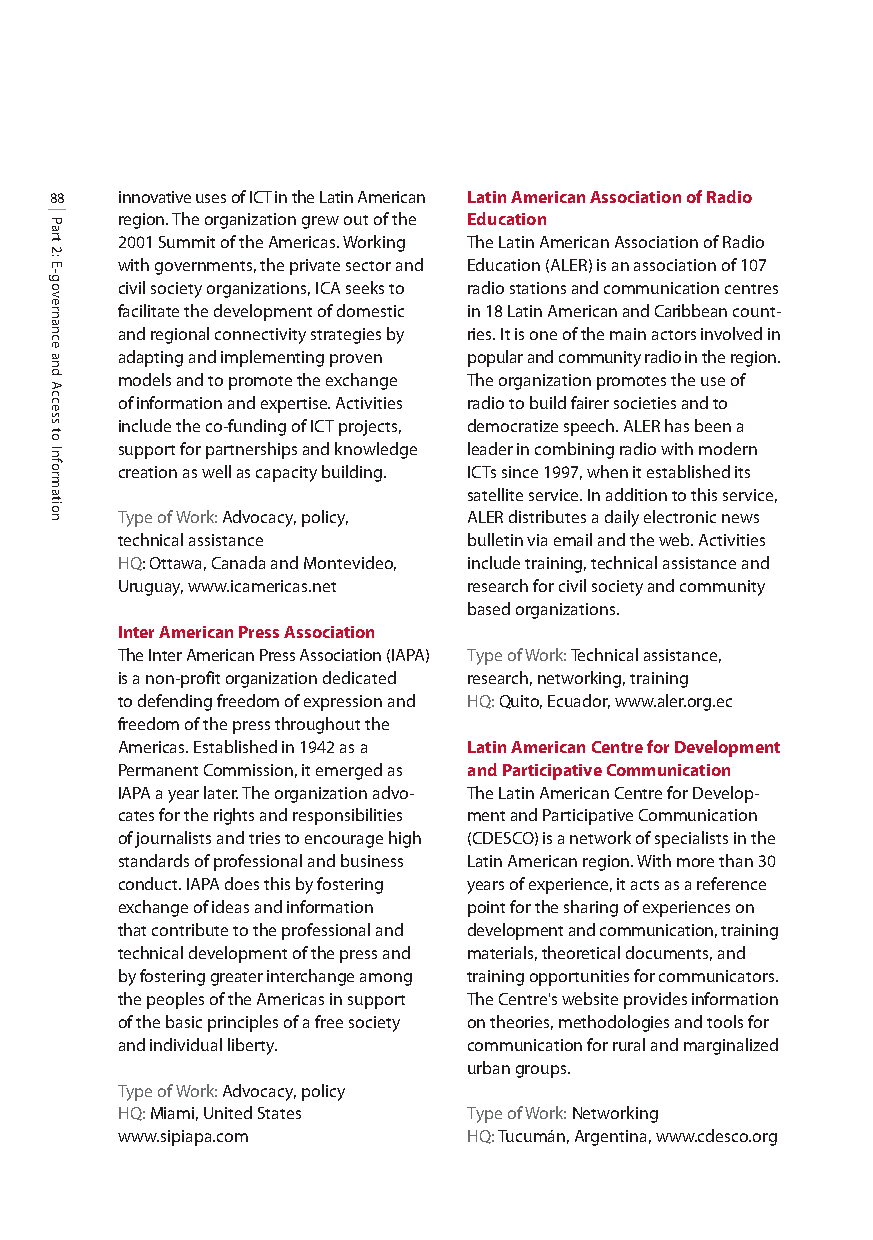
88   innovative uses of ICT in the Latin American Latin American Association of Radio
 region. The organization grew out of the Education
 2001 Summit of the Americas. Working The Latin American Association of Radio
 with governments, the private sector and Education (ALER) is an association of 107
 civil society organizations, ICA seeks to radio stations and communication centres
 facilitate the development of domestic in 18 Latin American and Caribbean count-
 and regional connectivity strategies by ries. It is one of the main actors involved in
 adapting and implementing proven popular and community radio in the region.
 models and to promote the exchange The organization promotes the use of
 of information and expertise. Activities radio to build fairer societies and to
 include the co-funding of ICT projects, democratize speech. ALER has been a
 support for partnerships and knowledge leader in combining radio with modern
 creation as well as capacity building. ICTs since 1997, when it established its
 satellite service. In addition to this service,
 Type of Work: Advocacy, policy, ALER distributes a daily electronic news
 technical assistance   bulletin via email and the web. Activities
 HQ: Ottawa, Canada and Montevideo, include training, technical assistance and
 Uruguay, www.icamericas.net research for civil society and community
 based organizations.
 Inter American Press Association
 The Inter American Press Association (IAPA) Type of Work: Technical assistance,
 is a non-profit organization dedicated research, networking, training
 to defending freedom of expression and HQ: Quito, Ecuador, www.aler.org.ec
 freedom of the press throughout the
 Americas. Established in 1942 as a Latin American Centre for Development
 Permanent Commission, it emerged as and Participative Communication
 IAPA a year later. The organization advo- The Latin American Centre for Develop-
 cates for the rights and responsibilities ment and Participative Communication
 of journalists and tries to encourage high (CDESCO) is a network of specialists in the
 standards of professional and business Latin American region. With more than 30
 conduct. IAPA does this by fostering years of experience, it acts as a reference
 exchange of ideas and information point for the sharing of experiences on
 that contribute to the professional and development and communication, training
 technical development of the press and materials, theoretical documents, and
 by fostering greater interchange among training opportunities for communicators.
 the peoples of the Americas in support The Centre's website provides information
 of the basic principles of a free society on theories, methodologies and tools for
 and individual liberty. communication for rural and marginalized
 urban groups.
 Type of Work: Advocacy, policy
 HQ:Miami, United States Type of Work: Networking
 www.sipiapa.com        HQ: Tucumán, Argentina, www.cdesco.org
 Part
 2:
 E-governance
 and
 Access
 to
 Information